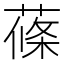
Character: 蓧